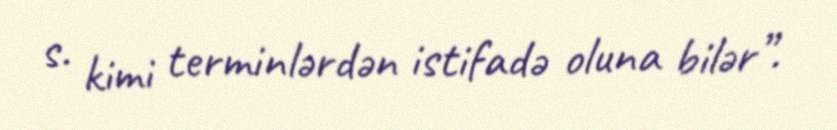
s. kimi terminlərdən istifadə oluna bilər”.